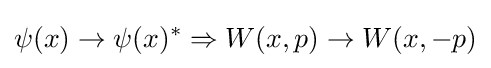
\psi (x)\to \psi (x)^{*}\Rightarrow W(x,p)\to W(x,-p)